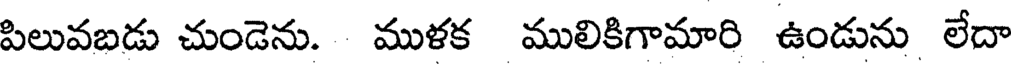
పిలువబడు చుండెను. ముళక ములికిగామారి ఉండును లేదా